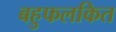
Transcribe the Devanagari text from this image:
बहुफलकित